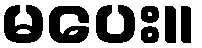
မပေး။